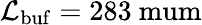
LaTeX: \mathcal{L}_{\mathrm{{buf}}}=283\mathrm{{\ mum}}